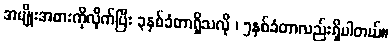
အမျိုးအစားကိုုလိုုက်ပြီး ၃နှစ်ခံတာရှိသလိုု ၊ ၅နှစ်ခံတာလည်းရှိပါတယ်။